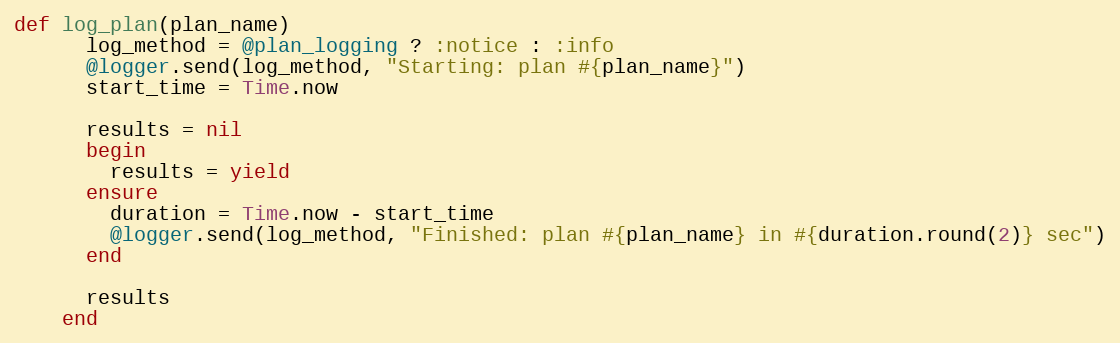
Language: Ruby
def log_plan(plan_name)
      log_method = @plan_logging ? :notice : :info
      @logger.send(log_method, "Starting: plan #{plan_name}")
      start_time = Time.now

      results = nil
      begin
        results = yield
      ensure
        duration = Time.now - start_time
        @logger.send(log_method, "Finished: plan #{plan_name} in #{duration.round(2)} sec")
      end

      results
    end